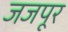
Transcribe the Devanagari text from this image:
जजपूर